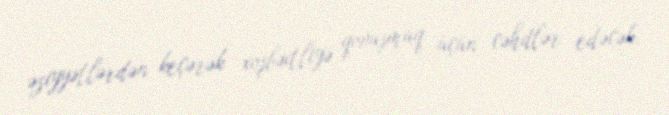
əziyyətlərdən keçərək xoşbəxtliyə qovuşmaq üçün cəhdlər edəcək.